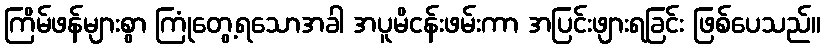
ကြိမ်ဖန်များစွာ ကြုံတွေ့ရသောအခါ အပူမိငန်းဖမ်းကာ အပြင်းဖျားရခြင်း ဖြစ်ပေသည်။